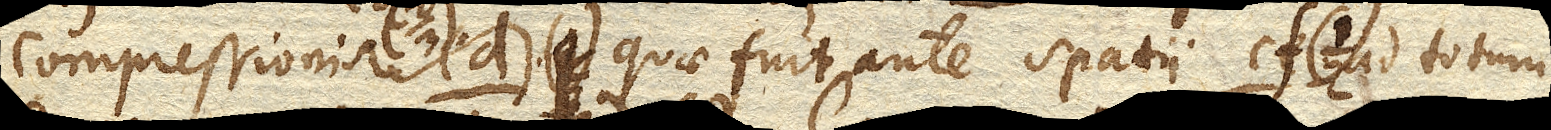
compressionised. quae fuit ante spatii cf. ad totum